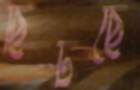
ছিটছে